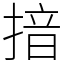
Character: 揞